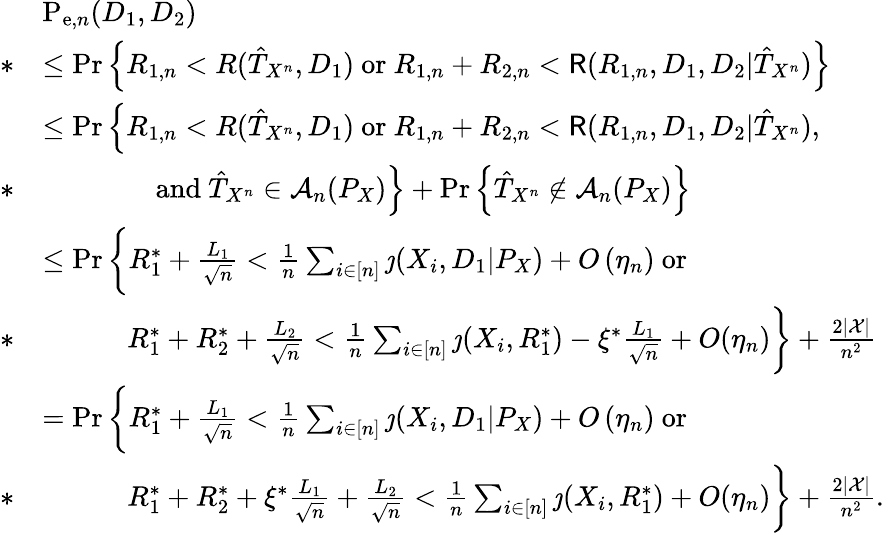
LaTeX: \begin{array}{rl}&{\mathrm{P}_{\mathrm{e},n}(D_{1},D_{2})}\\ {*}&{\leq\operatorname*{Pr}\left\{ R_{1,n}<R(\hat{T}_{X^{n}},D_{1})~\mathrm{or}~R_{1,n}+R_{2,n}<\mathsf{R}(R_{1,n},D_{1},D_{2}|\hat{T}_{X^{n}})\right\} }\\ &{\leq\operatorname*{Pr}\Big\{ R_{1,n}<R(\hat{T}_{X^{n}},D_{1})~\mathrm{or}~R_{1,n}+R_{2,n}<\mathsf{R}(R_{1,n},D_{1},D_{2}|\hat{T}_{X^{n}}),}\\ {*}&{\qquad\qquad\mathrm{and~}\hat{T}_{X^{n}}\in\mathcal{A}_{n}(P_{X})\Big\} +\operatorname*{Pr}\left\{ \hat{T}_{X^{n}}\notin\mathcal{A}_{n}(P_{X})\right\} }\\ &{\leq\operatorname*{Pr}\bigg\{ R_{1}^{*}+\frac{L_{1}}{\sqrt{n}}<\frac{1}{n}\sum_{i\in[n]}\jmath(X_{i},D_{1}|P_{X})+O\left(\eta_{n}\right)~\mathrm{or}}\\ {*}&{\qquad\quad R_{1}^{*}+R_{2}^{*}+\frac{L_{2}}{\sqrt{n}}<\frac{1}{n}\sum_{i\in[n]}\jmath(X_{i},R_{1}^{*})-\xi^{*}\frac{L_{1}}{\sqrt{n}}+O(\eta_{n})\bigg\} +\frac{2|\mathcal{X}|}{n^{2}}}\\ &{=\operatorname*{Pr}\bigg\{ R_{1}^{*}+\frac{L_{1}}{\sqrt{n}}<\frac{1}{n}\sum_{i\in[n]}\jmath(X_{i},D_{1}|P_{X})+O\left(\eta_{n}\right)~\mathrm{or}~}\\ {*}&{\qquad\quad R_{1}^{*}+R_{2}^{*}+\xi^{*}\frac{L_{1}}{\sqrt{n}}+\frac{L_{2}}{\sqrt{n}}<\frac{1}{n}\sum_{i\in[n]}\jmath(X_{i},R_{1}^{*})+O(\eta_{n})\bigg\} +\frac{2|\mathcal{X}|}{n^{2}}.}\end{array}